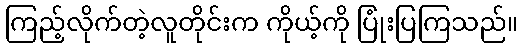
ကြည့်လိုက်တဲ့လူတိုင်းက ကိုယ့်ကို ပြုံးပြကြသည်။